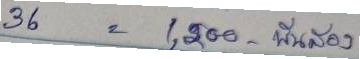
36 = 1,200   พันสอง